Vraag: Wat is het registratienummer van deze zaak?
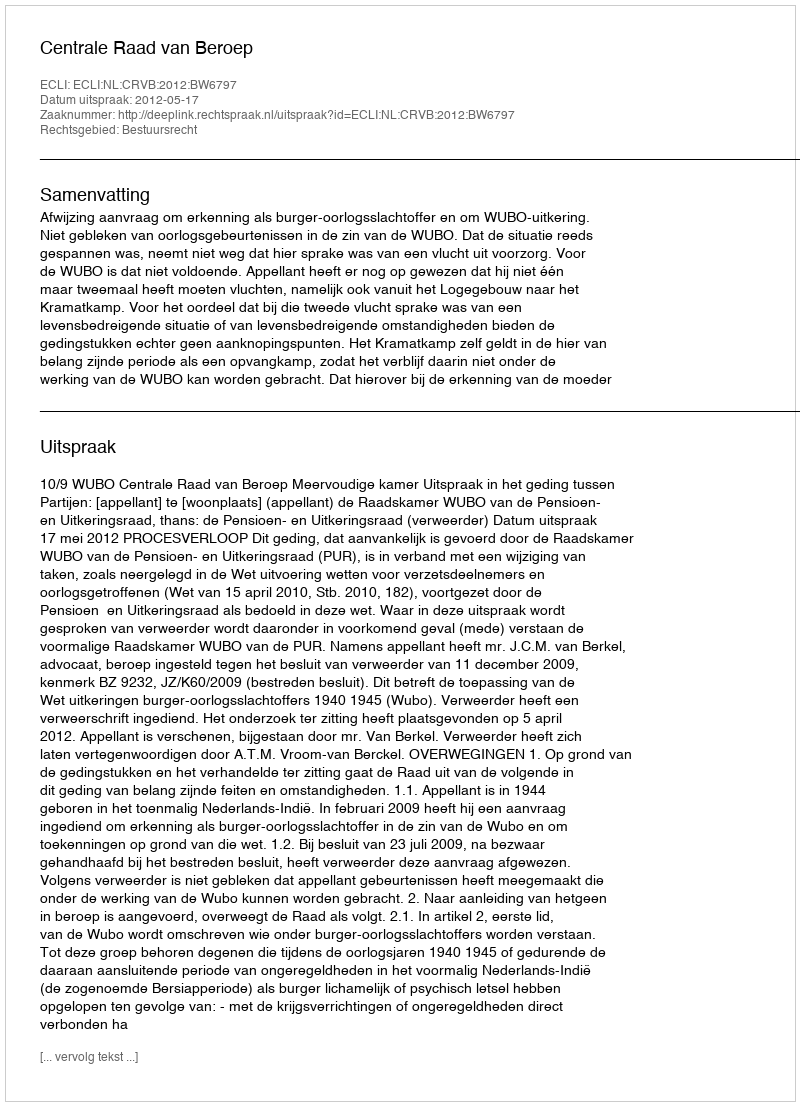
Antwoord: http://deeplink.rechtspraak.nl/uitspraak?id=ECLI:NL:CRVB:2012:BW6797